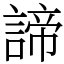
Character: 諦